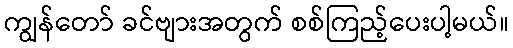
ကျွန်တော် ခင်ဗျားအတွက် စစ်ကြည့်ပေးပါ့မယ်။